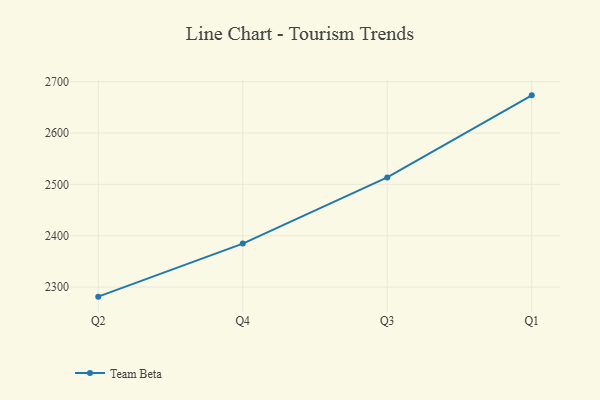
{"axis": {"x": "Quarter", "y": "Headcount"}, "legend": ["Team Beta"], "data": [{"x": "Q2", "y": 2281.4, "type": "Team Beta"}, {"x": "Q4", "y": 2384.8, "type": "Team Beta"}, {"x": "Q3", "y": 2513.6, "type": "Team Beta"}, {"x": "Q1", "y": 2673.5, "type": "Team Beta"}]}